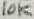
Text: 10k